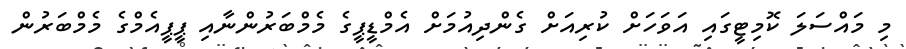
މި މައްސަލަ ކޮމިޓީގައި އަވަހަށް ކުރިއަށް ގެންދިއުމަށް އެމްޑީޕީގެ މެމްބަރުންނާއި ޕީޕީއެމްގެ މެމްބަރުން